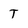
Character: T